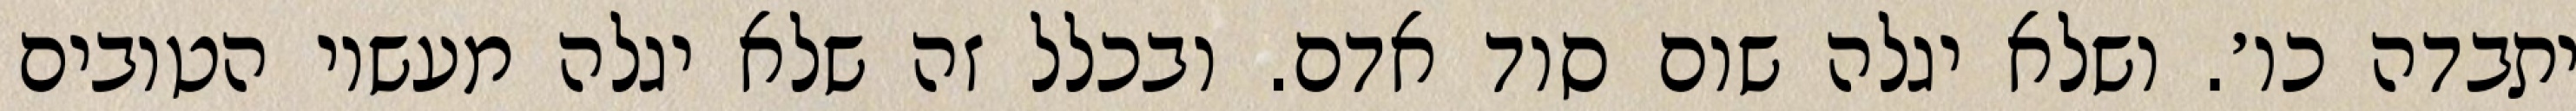
יתבדה כו׳. ושלא יגלה שום סוד אדם. ובכלל זה שלא יגלה מעשיו הטובים